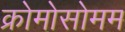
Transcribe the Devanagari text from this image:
क्रोमोसोमम